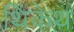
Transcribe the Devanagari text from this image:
थिंकेथ